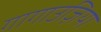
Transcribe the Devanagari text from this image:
गागाउज़िया